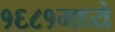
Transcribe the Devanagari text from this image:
१६८१मध्ये